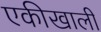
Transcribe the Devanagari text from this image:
एकीखाली